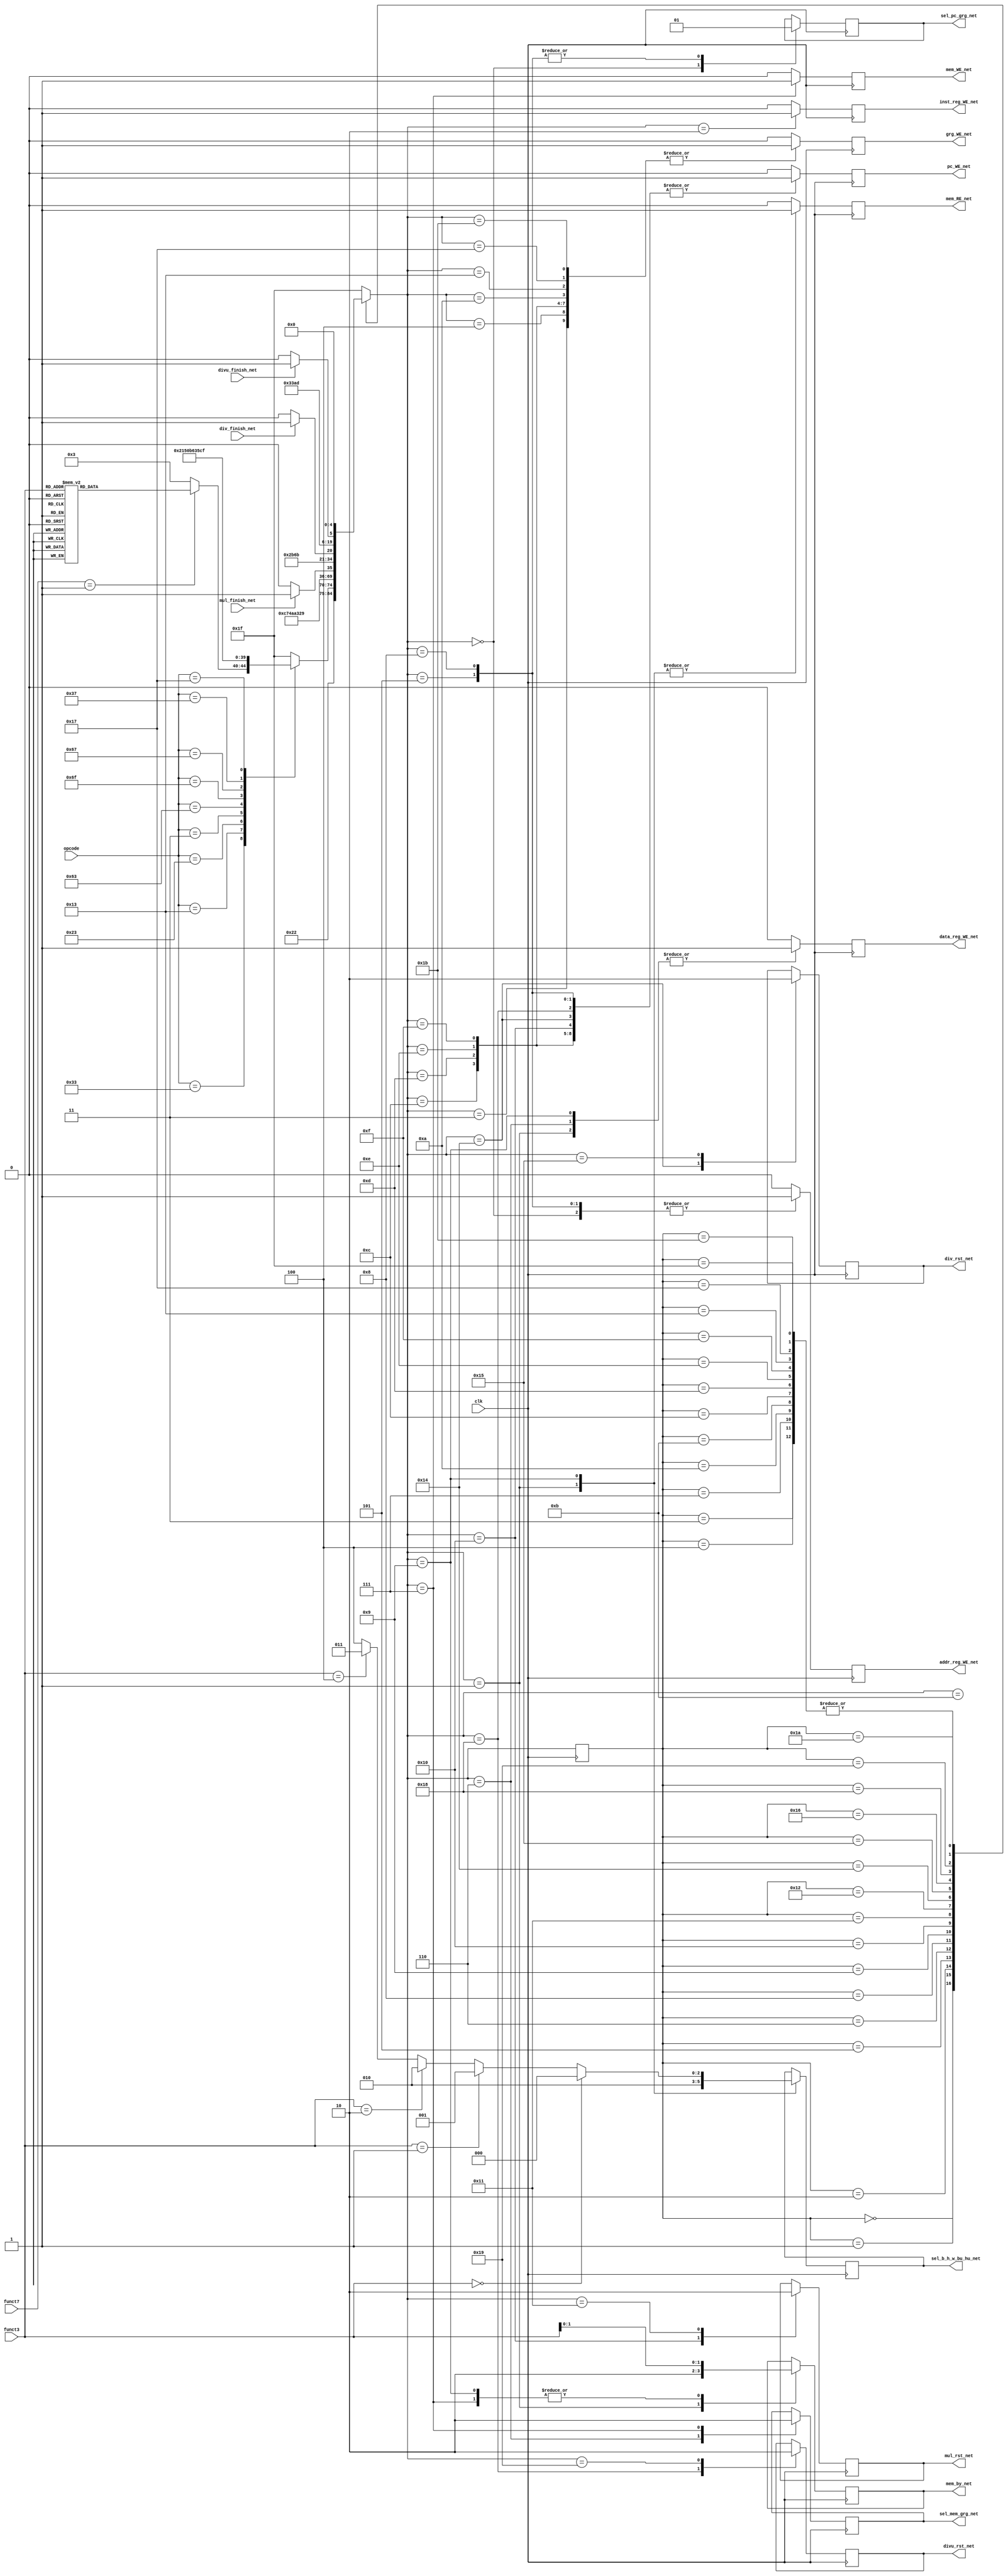
`define IDLE			5'd31
`define LOAD_INST_0 	5'd0//addr_reg
`define LOAD_INST_1 	5'd1//data_reg
`define LOAD_INST_2 	5'd2//inst_reg
`define EXEC_R			5'd3
`define EXEC_RI			5'd4
`define EXEC_S_0		5'd5//addr_reg
`define EXEC_S_1		5'd6//data_reg
`define EXEC_S_2		5'd7//memory
`define EXEC_L_0		5'd8//addr_reg
`define EXEC_L_1		5'd9//data_reg
`define EXEC_L_2		5'd10//grg_reg
`define EXEC_B			5'd11
`define EXEC_JAL		5'd12
`define EXEC_JALR		5'd13
`define EXEC_LUI		5'd14
`define EXEC_AUIPC		5'd15
`define EXEC_R_M_0		5'd16//initialize function unit
`define EXEC_R_M_1		5'd17//init state
`define EXEC_R_M_2 		5'd18//calculate and listening "finish"
`define EXEC_R_M_3		5'd19//write result
`define EXEC_R_D_0		5'd20
`define EXEC_R_D_1		5'd21
`define EXEC_R_D_2		5'd22
`define EXEC_R_D_3		5'd23
`define EXEC_R_DU_0		5'd24
`define EXEC_R_DU_1 	5'd25
`define EXEC_R_DU_2		5'd26
`define EXEC_R_DU_3		5'd27

module riscv_cu(
	input wire clk,
	input wire [6:0] opcode,
	input wire [2:0] funct3,
	input wire [6:0] funct7,

	output wire pc_WE_net,
	output wire addr_reg_WE_net,
	output wire data_reg_WE_net,
	output wire inst_reg_WE_net,
	output wire grg_WE_net,
	output wire mem_RE_net,
	output wire mem_WE_net,
	output wire [1:0] mem_by_net,

	output wire sel_pc_grg_net,
	output wire sel_mem_grg_net,
	output wire [2:0] sel_b_h_w_bu_hu_net,

	output wire mul_rst_net,
	input wire mul_finish_net,
	output wire divu_rst_net,
	input wire divu_finish_net,
	output wire div_rst_net,
	input wire div_finish_net

);                              
	reg pc_WE;
	reg addr_reg_WE;
	reg data_reg_WE;
	reg inst_reg_WE;
	reg grg_WE;
	reg mem_RE;
	reg mem_WE;
	reg [1:0] mem_by;

	reg sel_pc_grg;
	reg sel_mem_grg;
	reg [2:0] sel_b_h_w_bu_hu;

	reg mul_rst;
	reg div_rst;
	reg divu_rst;

	reg [4:0] cur_state;
	reg [4:0] next_state;

	initial begin
		cur_state = `IDLE;
		pc_WE = 0;
		addr_reg_WE = 0;
		data_reg_WE = 0;
		inst_reg_WE = 0;
		grg_WE = 0;
		mem_RE = 0;
		mem_WE = 0;
		sel_pc_grg = 0;
		sel_mem_grg = 0;
		sel_b_h_w_bu_hu = 0;
	end

	//state update;
	always @(negedge clk) begin
		cur_state <= next_state;
	end

	//determine next state;
	always @(*) begin
		case(cur_state)
			`LOAD_INST_0: begin
				next_state = `LOAD_INST_1;
			end
			`LOAD_INST_1: begin
				next_state = `LOAD_INST_2;
			end
			`LOAD_INST_2: begin
				case(opcode)
					7'b0110011 : begin
						if(funct7 == 1) begin
							case(funct3)
								0,1,2,3: next_state = `EXEC_R_M_0;
								4,6: next_state = `EXEC_R_D_0;
								5,7: next_state = `EXEC_R_DU_0;
							endcase
						end
						else begin
							next_state = `EXEC_R;
						end
					end
					7'b0010011 : next_state = `EXEC_RI;
					7'b0100011 : next_state = `EXEC_S_0;
					7'b0000011 : next_state = `EXEC_L_0;
					7'b1100011 : next_state = `EXEC_B;
					7'b1101111 : next_state = `EXEC_JAL;
					7'b1100111 : next_state = `EXEC_JALR;
					7'b0110111 : next_state = `EXEC_LUI;
					7'b0010111 : next_state = `EXEC_AUIPC;
					default : next_state = `IDLE;
				endcase
			end
			`EXEC_R: begin
				next_state = `LOAD_INST_0;
			end
			`EXEC_RI: begin
				next_state = `LOAD_INST_0;
			end
			`EXEC_S_0: begin
				next_state = `EXEC_S_1;
			end
			`EXEC_S_1: begin
				next_state = `EXEC_S_2;
			end
			`EXEC_S_2: begin
				next_state = `LOAD_INST_0;
			end
			`EXEC_L_0: begin
				next_state = `EXEC_L_1;
			end
			`EXEC_L_1: begin
				next_state = `EXEC_L_2;
			end
			`EXEC_L_2: begin
				next_state = `LOAD_INST_0;
			end
			`EXEC_B: begin
				next_state = `LOAD_INST_0;
			end
			`EXEC_JAL: begin
				next_state = `LOAD_INST_0;
			end
			`EXEC_JALR: begin
				next_state = `LOAD_INST_0;
			end
			`EXEC_LUI: begin
				next_state = `LOAD_INST_0;
			end
			`EXEC_AUIPC: begin
				next_state = `LOAD_INST_0;
			end
			`EXEC_R_M_0: begin
				next_state = `EXEC_R_M_1;
			end
			`EXEC_R_M_1: begin
				next_state = `EXEC_R_M_2;
			end
			`EXEC_R_M_2: begin
				if(mul_finish_net == 1) begin
					next_state = `EXEC_R_M_3;
				end
				else begin
					next_state = `EXEC_R_M_2;
				end
			end
			`EXEC_R_M_3: begin
				next_state = `LOAD_INST_0;
			end
			`EXEC_R_D_0: begin
				next_state = `EXEC_R_D_1;
			end
			`EXEC_R_D_1: begin
				next_state = `EXEC_R_D_2;
			end
			`EXEC_R_D_2: begin
				if(div_finish_net == 1) begin
					next_state = `EXEC_R_D_3;
				end
				else begin
					next_state = `EXEC_R_D_2;
				end
			end
			`EXEC_R_D_3: begin
				next_state = `LOAD_INST_0;
			end
			`EXEC_R_DU_0: begin
				next_state = `EXEC_R_DU_1;
			end
			`EXEC_R_DU_1: begin
				next_state = `EXEC_R_DU_2;
			end
			`EXEC_R_DU_2: begin
				if(divu_finish_net == 1) begin
					next_state = `EXEC_R_DU_3;
				end
				else begin
					next_state = `EXEC_R_DU_2;
				end
			end
			`EXEC_R_DU_3: begin
				next_state = `LOAD_INST_0;
			end
			`IDLE: begin
				next_state = `LOAD_INST_0;
			end
			default: next_state = `IDLE;
		endcase
	end

	//determine output(modify "real"-state)
	always @(negedge clk) begin
		case(next_state)
			`LOAD_INST_0: begin
				pc_WE <= 0;
				addr_reg_WE <= 1;
				data_reg_WE <= 0;
				inst_reg_WE <= 0;
				grg_WE <= 0;
				mem_RE <= 0;
				mem_WE <= 0;
				sel_pc_grg <= 0;
			end
			`LOAD_INST_1: begin
				pc_WE <= 0;
				addr_reg_WE <= 0;
				data_reg_WE <= 1;
				inst_reg_WE <= 0;
				grg_WE <= 0;
				mem_RE <= 1;
				mem_WE <= 0;
				mem_by <= 2;
				sel_b_h_w_bu_hu <= 2;
			end
			`LOAD_INST_2: begin
				pc_WE <= 0;
				addr_reg_WE <= 0;
				data_reg_WE <= 0;
				inst_reg_WE <= 1;
				grg_WE <= 0;
				mem_RE <= 0;
				mem_WE <= 0;
			end
			`EXEC_R: begin
				pc_WE <= 1;
				addr_reg_WE <= 0;
				data_reg_WE <= 0;
				inst_reg_WE <= 0;
				grg_WE <= 1;
				mem_RE <= 0;
				mem_WE <= 0;
			end
			`EXEC_RI: begin
				pc_WE <= 1;
				addr_reg_WE <= 0;
				data_reg_WE <= 0;
				inst_reg_WE <= 0;
				grg_WE <= 1;
				mem_RE <= 0;
				mem_WE <= 0;
			end
			`EXEC_S_0: begin
				pc_WE <= 1;
				addr_reg_WE <= 1;
				data_reg_WE <= 0;
				inst_reg_WE <= 0;
				grg_WE <= 0;
				mem_RE <= 0;
				mem_WE <= 0;
				sel_pc_grg <= 1;
			end
			`EXEC_S_1: begin
				pc_WE <= 0;
				addr_reg_WE <= 0;
				data_reg_WE <= 1;
				inst_reg_WE <= 0;
				grg_WE <= 0;
				mem_RE <= 0;
				mem_WE <= 0;
				sel_mem_grg <= 1;
			end
			`EXEC_S_2: begin
				pc_WE <= 0;
				addr_reg_WE <= 0;
				data_reg_WE <= 0;
				inst_reg_WE <= 0;
				grg_WE <= 0;
				mem_RE <= 0;
				mem_WE <= 1;
				sel_mem_grg <= 0;
				mem_by <= funct3[1:0];
			end
			`EXEC_L_0: begin
				pc_WE <= 1;
				addr_reg_WE <= 1;
				data_reg_WE <= 0;
				inst_reg_WE <= 0;
				grg_WE <= 0;
				mem_RE <= 0;
				mem_WE <= 0;
				sel_pc_grg <= 1;
			end
			`EXEC_L_1: begin
				pc_WE <= 0;
				addr_reg_WE <= 0;
				data_reg_WE <= 1;
				inst_reg_WE <= 0;
				grg_WE <= 0;
				mem_RE <= 1;
				mem_WE <= 0;
				mem_by <= funct3[1:0];
				sel_b_h_w_bu_hu <= (funct3 == 0 ? 0 : (funct3 == 1 ? 1 : (funct3 == 2 ? 2 : (funct3 == 4 ? 3 : (funct3 == 5 ? 4 : 4)))));
			end
			`EXEC_L_2: begin
				pc_WE <= 0;
				addr_reg_WE <= 0;
				data_reg_WE <= 0;
				inst_reg_WE <= 0;
				grg_WE <= 1;
				mem_RE <= 0;
				mem_WE <= 0;
			end
			`EXEC_B: begin
				pc_WE <= 1;
				addr_reg_WE <= 0;
				data_reg_WE <= 0;
				inst_reg_WE <= 0;
				grg_WE <= 0;
				mem_RE <= 0;
				mem_WE <= 0;
			end
			`EXEC_JAL: begin
				pc_WE <= 1;
				addr_reg_WE <= 0;
				data_reg_WE <= 0;
				inst_reg_WE <= 0;
				grg_WE <= 1;
				mem_RE <= 0;
				mem_WE <= 0;
			end
			`EXEC_JALR: begin
				pc_WE <= 1;
				addr_reg_WE <= 0;
				data_reg_WE <= 0;
				inst_reg_WE <= 0;
				grg_WE <= 1;
				mem_RE <= 0;
				mem_WE <= 0;
			end
			`EXEC_LUI: begin
				pc_WE <= 1;
				addr_reg_WE <= 0;
				data_reg_WE <= 0;
				inst_reg_WE <= 0;
				grg_WE <= 1;
				mem_RE <= 0;
				mem_WE <= 0;
			end
			`EXEC_AUIPC: begin
				pc_WE <= 1;
				addr_reg_WE <= 0;
				data_reg_WE <= 0;
				inst_reg_WE <= 0;
				grg_WE <= 1;
				mem_RE <= 0;
				mem_WE <= 0;
			end
			`EXEC_R_M_0: begin
				pc_WE <= 1;
				addr_reg_WE <= 0;
				data_reg_WE <= 0;
				inst_reg_WE <= 0;
				grg_WE <= 0;
				mem_RE <= 0;
				mem_WE <= 0;
				mul_rst <= 1;
			end
			`EXEC_R_M_1: begin
				pc_WE <= 0;
				addr_reg_WE <= 0;
				data_reg_WE <= 0;
				inst_reg_WE <= 0;
				grg_WE <= 0;
				mem_RE <= 0;
				mem_WE <= 0;
				mul_rst <= 0;
			end
			`EXEC_R_M_2: begin
				pc_WE <= 0;
				addr_reg_WE <= 0;
				data_reg_WE <= 0;
				inst_reg_WE <= 0;
				grg_WE <= 0;
				mem_RE <= 0;
				mem_WE <= 0;
			end
			`EXEC_R_M_3: begin
				pc_WE <= 0;
				addr_reg_WE <= 0;
				data_reg_WE <= 0;
				inst_reg_WE <= 0;
				grg_WE <= 1;
				mem_RE <= 0;
				mem_WE <= 0;
			end
			`EXEC_R_D_0: begin
				pc_WE <= 1;
				addr_reg_WE <= 0;
				data_reg_WE <= 0;
				inst_reg_WE <= 0;
				grg_WE <= 0;
				mem_RE <= 0;
				mem_WE <= 0;
				div_rst <= 1;
			end
			`EXEC_R_D_1: begin
				pc_WE <= 0;
				addr_reg_WE <= 0;
				data_reg_WE <= 0;
				inst_reg_WE <= 0;
				grg_WE <= 0;
				mem_RE <= 0;
				mem_WE <= 0;
				div_rst <= 0;
			end
			`EXEC_R_D_2: begin
				pc_WE <= 0;
				addr_reg_WE <= 0;
				data_reg_WE <= 0;
				inst_reg_WE <= 0;
				grg_WE <= 0;
				mem_RE <= 0;
				mem_WE <= 0;
			end
			`EXEC_R_D_3: begin
				pc_WE <= 0;
				addr_reg_WE <= 0;
				data_reg_WE <= 0;
				inst_reg_WE <= 0;
				grg_WE <= 1;
				mem_RE <= 0;
				mem_WE <= 0;
			end
			`EXEC_R_DU_0: begin
				pc_WE <= 1;
				addr_reg_WE <= 0;
				data_reg_WE <= 0;
				inst_reg_WE <= 0;
				grg_WE <= 0;
				mem_RE <= 0;
				mem_WE <= 0;
				divu_rst <= 1;
			end
			`EXEC_R_DU_1: begin
				pc_WE <= 0;
				addr_reg_WE <= 0;
				data_reg_WE <= 0;
				inst_reg_WE <= 0;
				grg_WE <= 0;
				mem_RE <= 0;
				mem_WE <= 0;
				divu_rst <= 0;
			end
			`EXEC_R_DU_2: begin
				pc_WE <= 0;
				addr_reg_WE <= 0;
				data_reg_WE <= 0;
				inst_reg_WE <= 0;
				grg_WE <= 0;
				mem_RE <= 0;
				mem_WE <= 0;
			end
			`EXEC_R_DU_3: begin
				pc_WE <= 0;
				addr_reg_WE <= 0;
				data_reg_WE <= 0;
				inst_reg_WE <= 0;
				grg_WE <= 1;
				mem_RE <= 0;
				mem_WE <= 0;
			end

			`IDLE: begin
				pc_WE <= 0;
				addr_reg_WE <= 0;
				data_reg_WE <= 0;
				inst_reg_WE <= 0;
				grg_WE <= 0;
				mem_RE <= 0;
				mem_WE <= 0;
			end
			default: begin
				pc_WE <= 0;
				addr_reg_WE <= 0;
				data_reg_WE <= 0;
				inst_reg_WE <= 0;
				grg_WE <= 0;
				mem_RE <= 0;
				mem_WE <= 0;
			end
		endcase
	end

	assign pc_WE_net = pc_WE;
	assign addr_reg_WE_net = addr_reg_WE;
	assign data_reg_WE_net = data_reg_WE;
	assign inst_reg_WE_net = inst_reg_WE;
	assign grg_WE_net = grg_WE;
	assign mem_RE_net = mem_RE;
	assign mem_WE_net = mem_WE;
	assign sel_pc_grg_net = sel_pc_grg;
	assign sel_mem_grg_net = sel_mem_grg;
	assign mem_by_net = mem_by;
	assign sel_b_h_w_bu_hu_net = sel_b_h_w_bu_hu;
	assign mul_rst_net = mul_rst;
	assign divu_rst_net = divu_rst;
	assign div_rst_net = div_rst;


endmodule